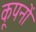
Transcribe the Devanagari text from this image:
कूपनों